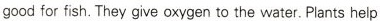
good for fish.They give oxygen to the water.Plants help